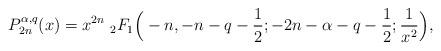
LaTeX: \begin{align*}P_{2n}^{\alpha,q}(x)=x^{2n}\ _{2}F_{1}\Big(-n,-n-q-\frac{1}{2};-2n-\alpha-q-\frac{1}{2};\frac{1}{x^{2}}\Big),\end{align*}